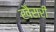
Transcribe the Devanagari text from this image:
खैसरी